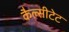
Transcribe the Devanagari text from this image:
कैल्सीटेट